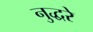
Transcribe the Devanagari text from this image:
नुद्धरे